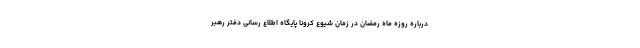
درباره روزه ماه رمضان در زمان شیوع کرونا پایگاه اطلاع رسانی دفتر رهبر